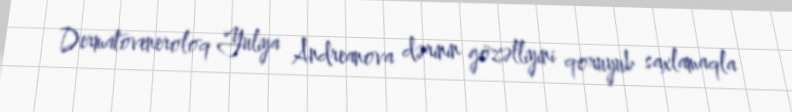
Dermatoveneroloq Yuliya Andreanova dərinin gözəlliyini qoruyub saxlamaqla